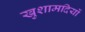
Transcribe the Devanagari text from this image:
खुशामदियों